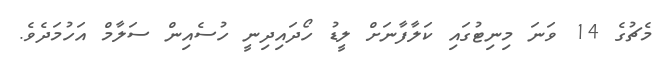
މެޗުގެ 14 ވަނަ މިނިޓުގައި ކަލާފާނަށް ލީޑު ހޯދައިދިނީ ހުސެއިން ސަލާމް އަހުމަދެވެ.